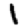
Digit: 1